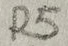
Text: R5